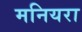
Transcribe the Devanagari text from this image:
मनियरा